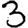
Digit: 3